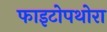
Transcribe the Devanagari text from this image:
फाइटोपथोरा